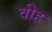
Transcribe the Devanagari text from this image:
वीह